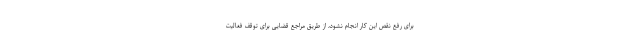
برای رفع نقص این کار انجام نشود، از طریق مراجع قضایی برای توقف فعالیت